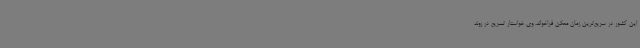
این کشور در سریع‌ترین زمان ممکن فراخواند. وی خواستار تسریع در روند